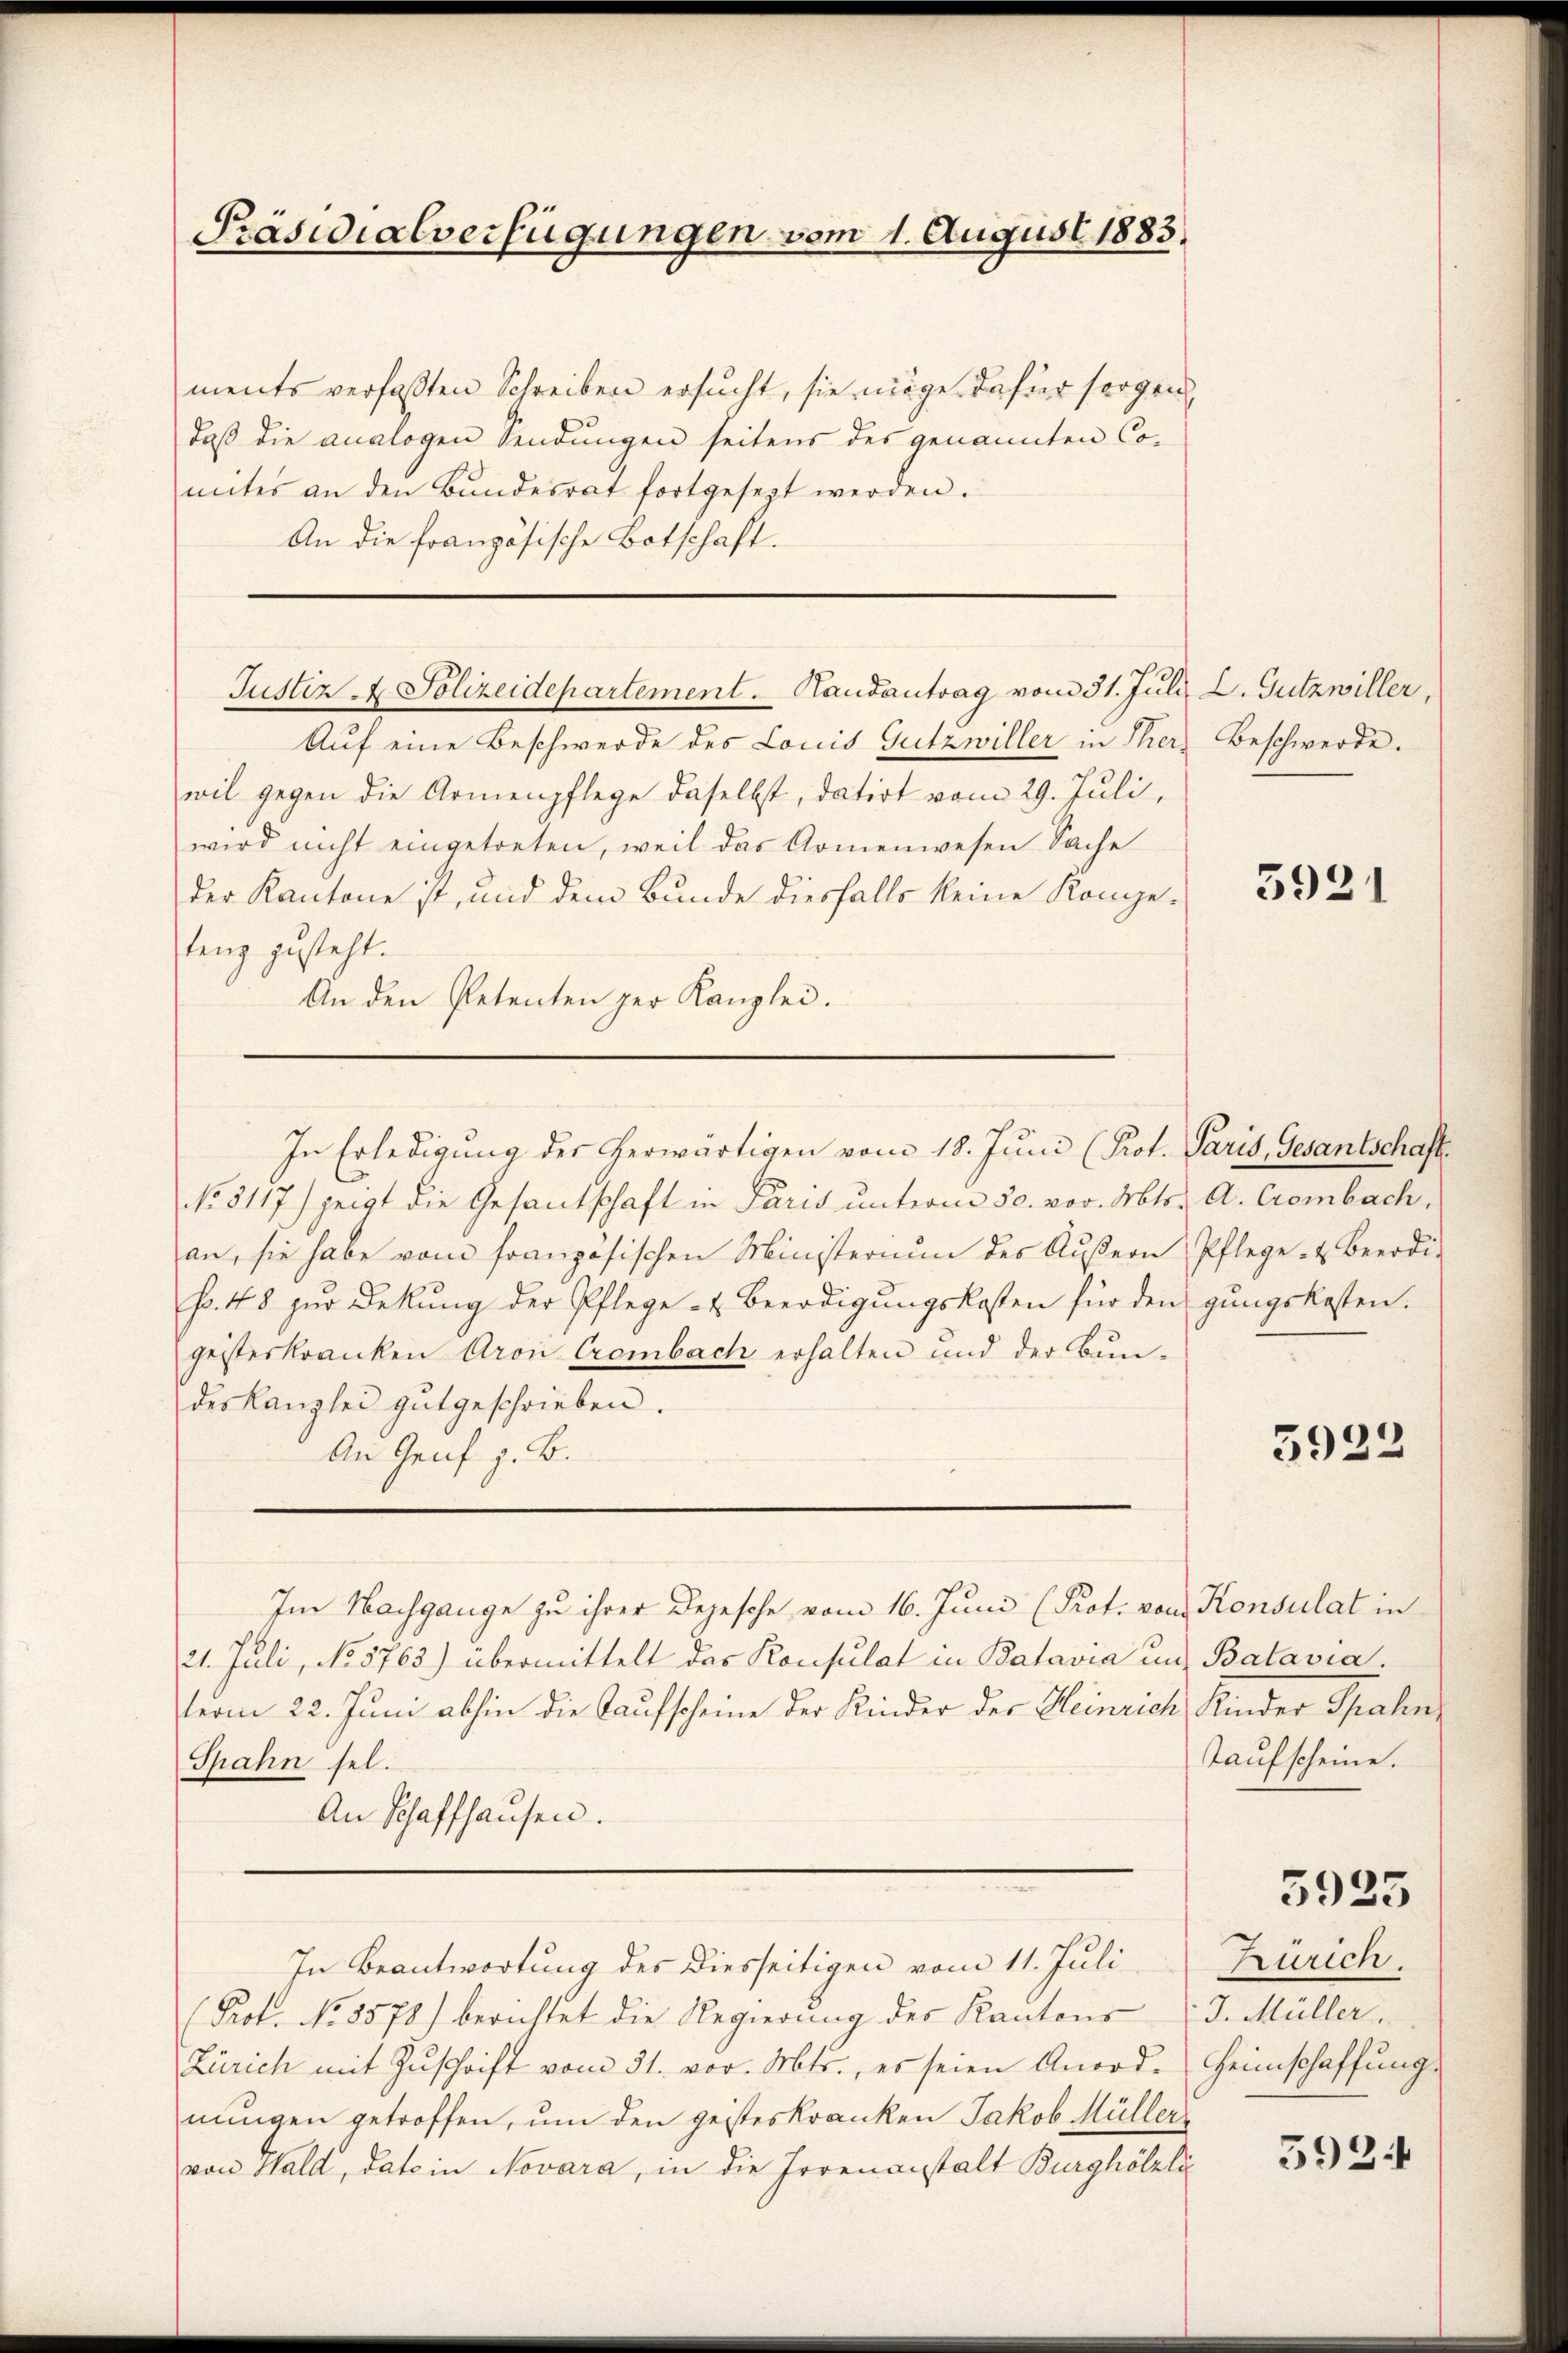
Präsidialverfügungen vom 1. August 1883.

ments verfaßten Schreiben ersucht, sie möge dafür sorgen
daß die analogen Sendungen seitens des genannten Comites an den Bŭndesrat fortgesezt werden.
An die französische Botschaft.
Auf eine Beschwerde des Louis Gutzwiller in Therwil gegen die Armenpflege daselbst, datirt vom 29. Juli,
wird nicht eingetreten, weil das Armenwesen Sache
der Kantone ist, und dem Bunde diesfalls keine Konzetang zusteht.
An den Petenten zur Kanzlei.
In Erledigung der herwärtigen vom 18. Juni (Prot. Paris, Gesantschaft
No. 5117) zeigt die Gesandschaft in Paris unterm 30. vor. Mts.
an, sie habe vom französischen Ministerium des Äußern
so. 48 zur Deckung der Pflege - u. Beerdigungskosten für den
geisteskranken Aron Crombach erhalten und der Bun-
des Kanzlei gutgeschrieben.
An Genf z. B.
Im Nachgange zu ihrer Depesche vom 16. Juni (Prot. von Konsulat in
21. Juli, No 5763) übermittelt das Konsulat in Batavia und Batavia.
term 22. Juni abhin die Kaufscheine der Kinder der Heinrich
Spahn sel.
An Schaffhausen.

Justiz - Polizeidepartement. Kausantrag vom 31. Jŭli

In Beantwortung des Diesseitigen vom 11. Juli
(Prot. No. 5578) berichtet die Regierung der Kantons
Zürich mit Zŭschrift vom 31. vor. Mts., es seien Anord-
nungen getroffen, um den geisteskranken Jakob Müllervon Wald, dato in Novara, in die Irrenanstalt Burghölzli

D. Gutzwiller,
Beschwerde.

3921

A. Crombach,
Pflege & Beerdigungskosten.

5922

Kinder Sachen,
Taufscheine.

3925

Zürich.
J. Müller.
Heimschaffung.

593.